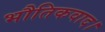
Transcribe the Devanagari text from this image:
भौतिकवाद।